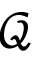
\mathcal { Q }